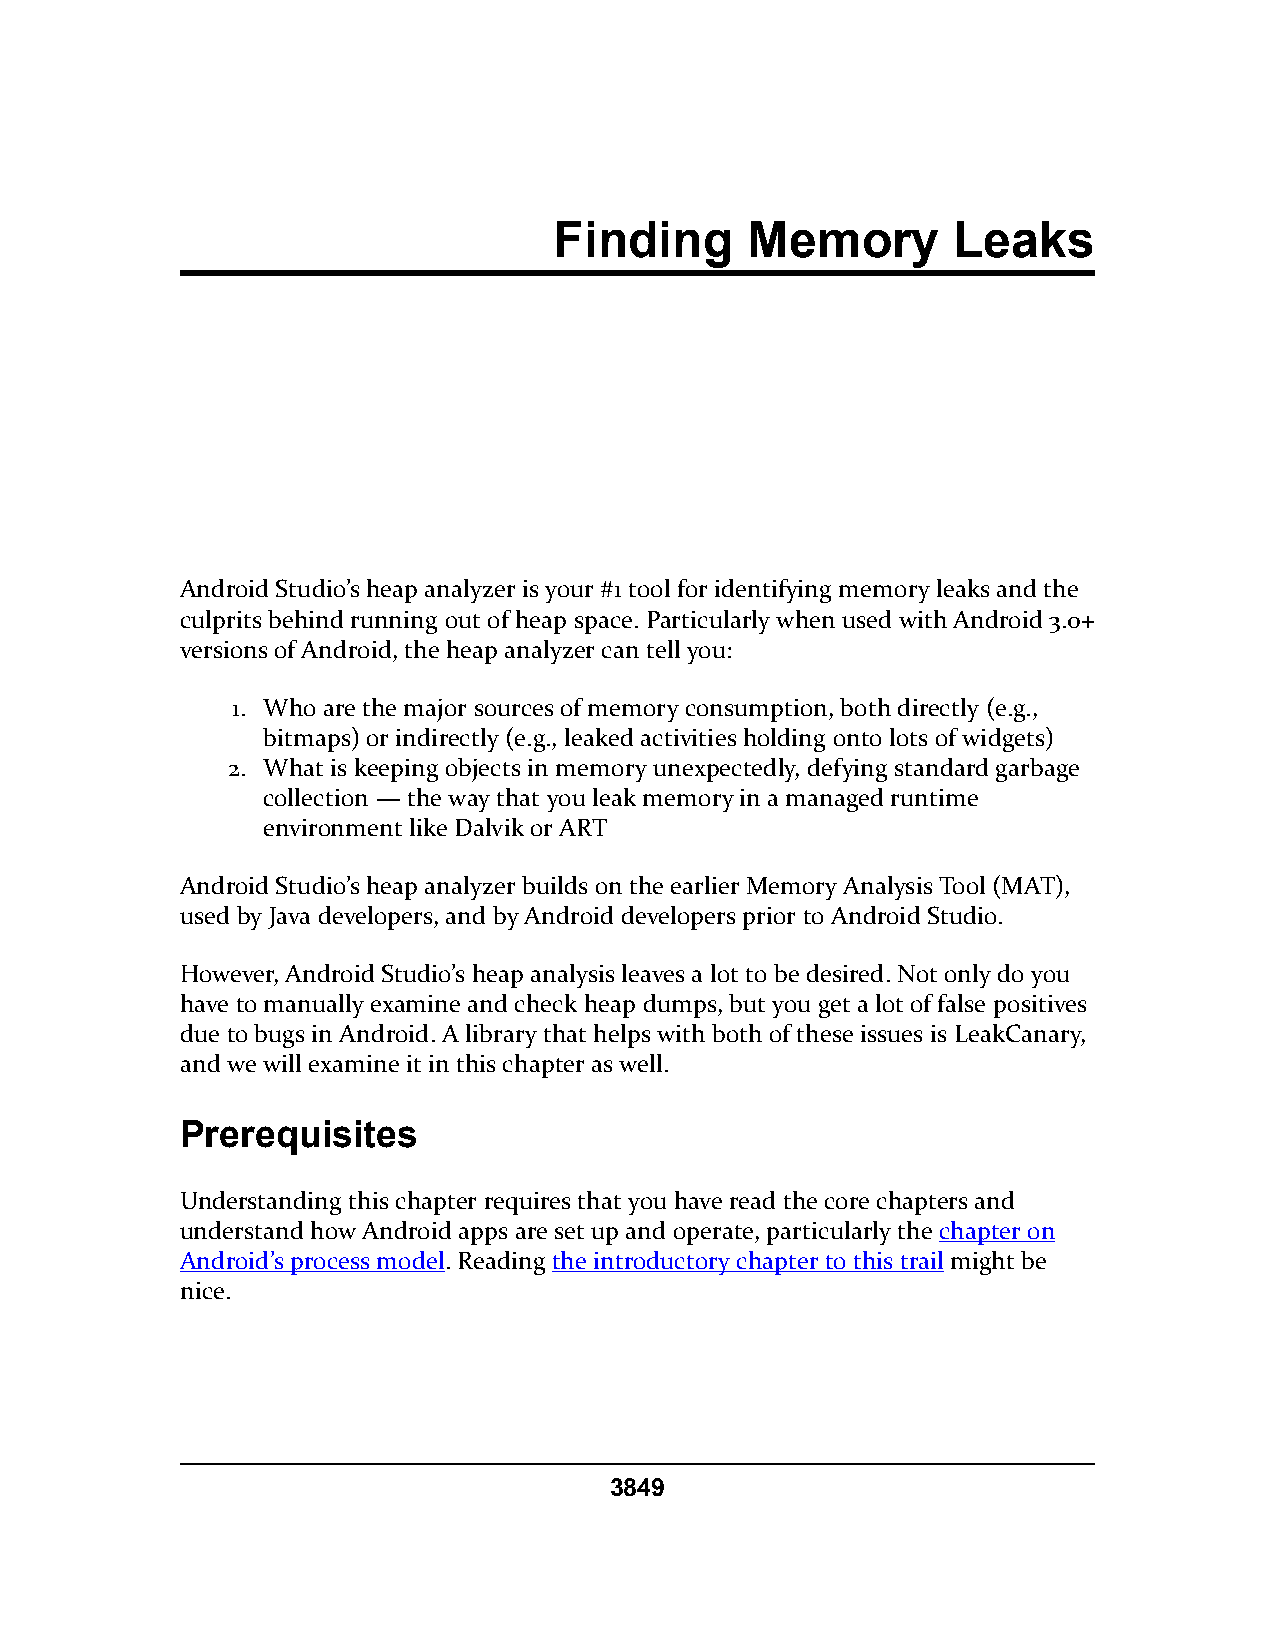
Finding     Memory        Leaks
 Android Studio’s heap analyzer is your #1 tool for identifying memory leaks and the
 culprits behind running out of heap space. Particularly when used with Android 3.0+
 versions of Android, the heap analyzer can tell you:
 1. Who are the major sources of memory consumption, both directly (e.g.,
 bitmaps) or indirectly (e.g., leaked activities holding onto lots of widgets)
 2. What is keeping objects in memory unexpectedly, defying standard garbage
 collection — the way that you leak memory in a managed runtime
 environment like Dalvik or ART
 Android Studio’s heap analyzer builds on the earlier Memory Analysis Tool (MAT),
 used by Java developers, and by Android developers prior to Android Studio.
 However, Android Studio’s heap analysis leaves a lot to be desired. Not only do you
 have to manually examine and check heap dumps, but you get a lot of false positives
 due to bugs in Android. A library that helps with both of these issues is LeakCanary,
 and we will examine it in this chapter as well.
 Prerequisites
 Understanding this chapter requires that you have read the core chapters and
 understand how Android apps are set up and operate, particularly the chapter on
 Android’s process model. Reading the introductory chapter to this trail might be
 nice.
 3849